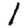
Digit: 1